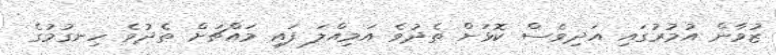
ޒުވާން އުމުރުގައި އަދިވެސް ކޮޅަށް ތެދުވެ އަމިއްލަ ފައި މައްޗަށް ތެދުވެ ހިނގުމުގެ